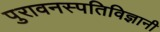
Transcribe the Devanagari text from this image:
पुरावनस्पतिविज्ञानी